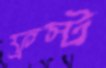
ফ্রস্ট